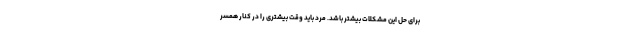
برای حل این مشکلات بیشتر باشد. مرد باید وقت بیشتری را در کنار همسر